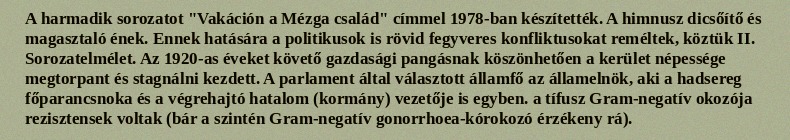
A harmadik sorozatot "Vakáción a Mézga család" címmel 1978-ban készítették. A himnusz dicsőítő és magasztaló ének. Ennek hatására a politikusok is rövid fegyveres konfliktusokat reméltek, köztük II. Sorozatelmélet. Az 1920-as éveket követő gazdasági pangásnak köszönhetően a kerület népessége megtorpant és stagnálni kezdett. A parlament által választott államfő az államelnök, aki a hadsereg főparancsnoka és a végrehajtó hatalom (kormány) vezetője is egyben. a tífusz Gram-negatív okozója rezisztensek voltak (bár a szintén Gram-negatív gonorrhoea-kórokozó érzékeny rá).